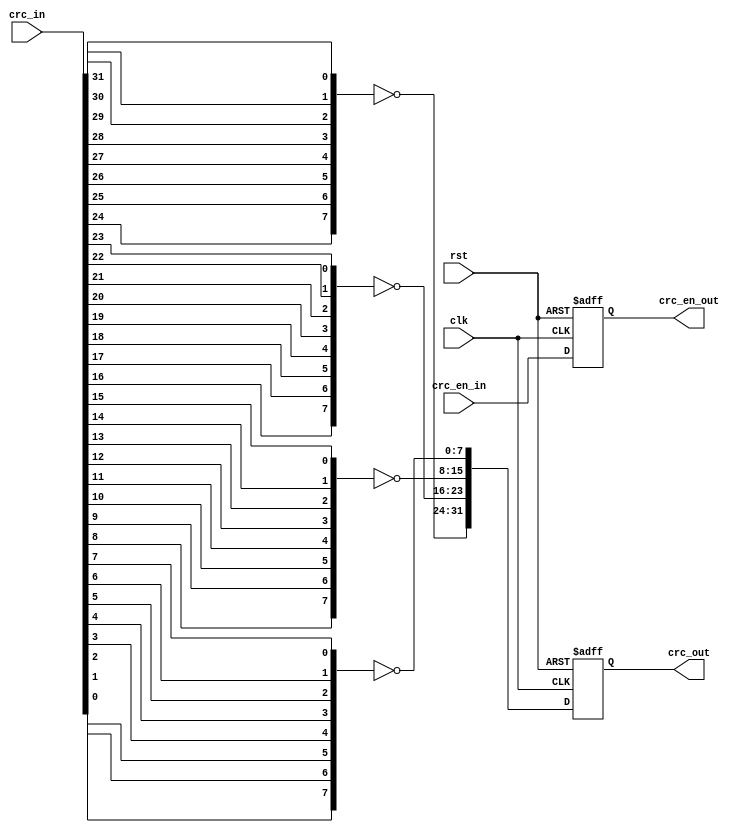


// **************************************************************
// COPYRIGHT(c)2015, Xidian University
// All rights reserved.
//
// IP LIB INDEX :  
// IP Name      :      
// File name    : 
// Module name  : 
// Full name    :  
//
// Data         : 
// Version      : V 1.0 
// 
// Abstract     : 
// Called by    :  
// 
// Modification history
// -----------------------------------------------------------------
// 
// 
//
// *****************************************************************

// *******************
// TIMESCALE
// ******************* 
`timescale 1ns/1ps 

// *******************
// INFORMATION
// *******************


//*******************
//DEFINE(s)
//*******************
//`define UDLY 1    //Unit delay, for non-blocking assignments in sequential logic



//*******************
//DEFINE MODULE PORT
//*******************
module  reverse_crc   (     
            input               clk  ,
            input               rst  ,
            input               crc_en_in  ,
            input   [31:0]      crc_in     ,

            output reg              crc_en_out  ,
            output reg  [31:0]      crc_out        
              ) ;

//*******************
//DEFINE LOCAL PARAMETER
//*******************
//parameter(s)
                                    
 

//*********************
//INNER SIGNAL DECLARATION
//*********************
//REGS
  

//WIRES
 

//*********************
//INSTANTCE MODULE
//*********************

function [7:0] reverse_8b;
  input [7:0]   data;
  integer        i;
    begin
        for (i = 0; i < 8; i = i + 1) begin
            reverse_8b[i] = data[7 - i];
        end
    end
endfunction


//*********************
//MAIN CORE
//********************* 

always @(posedge clk or posedge rst) begin
    if (rst) begin
        crc_en_out <= 'b0  ;
        crc_out    <= 'b0  ;
    end
    else begin
        crc_en_out <= crc_en_in  ;
        crc_out    <=  
                {  ~reverse_8b(crc_in[31:24]) ,  
                   ~reverse_8b(crc_in[23:16]) ,  
                   ~reverse_8b(crc_in[15:8])  , 
                   ~reverse_8b(crc_in[7:0])
               } ; 
    end
end


//*********************
endmodule